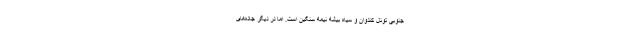
جنوبی تونل کندوان و سیاه بیشه نیمه سنگین است. اما در دیگر جاده‌های